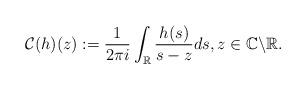
LaTeX: \begin{align*}\mathcal{C}(h)(z):=\frac{1}{2\pi i} \int_{\mathbb{R}} \frac{h(s)}{s-z} d s, z \in \mathbb{C} \backslash \mathbb{R}.\end{align*}